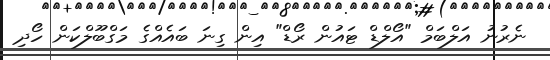
ނެރުނު އަލްބަމް "އޯލްޑް ޓައުން ރޯޑް" އިން ގިނަ ބައެއްގެ މަގްބޫލްކަން ހޯދި